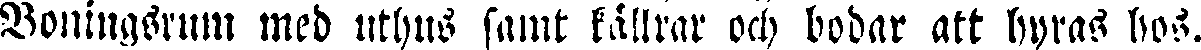
Boningsrum med uthus samt källrar och bodar att hyras hos.